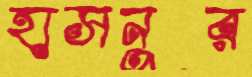
হাসনুর